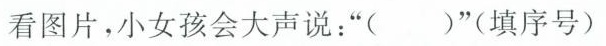
看图片，小女孩会大声说：”()”(填序号)